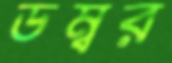
ডম্বর